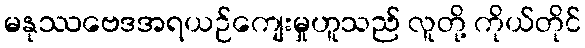
မနုဿဗေဒအရယဉ်ကျေးမှုဟူသည် လူတို့ ကိုယ်တိုင်